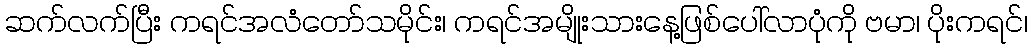
ဆက်လက်ပြီး ကရင်အလံတော်သမိုင်း၊ ကရင်အမျိုးသားနေ့ဖြစ်ပေါ်လာပုံကို ဗမာ၊ ပိုးကရင်၊